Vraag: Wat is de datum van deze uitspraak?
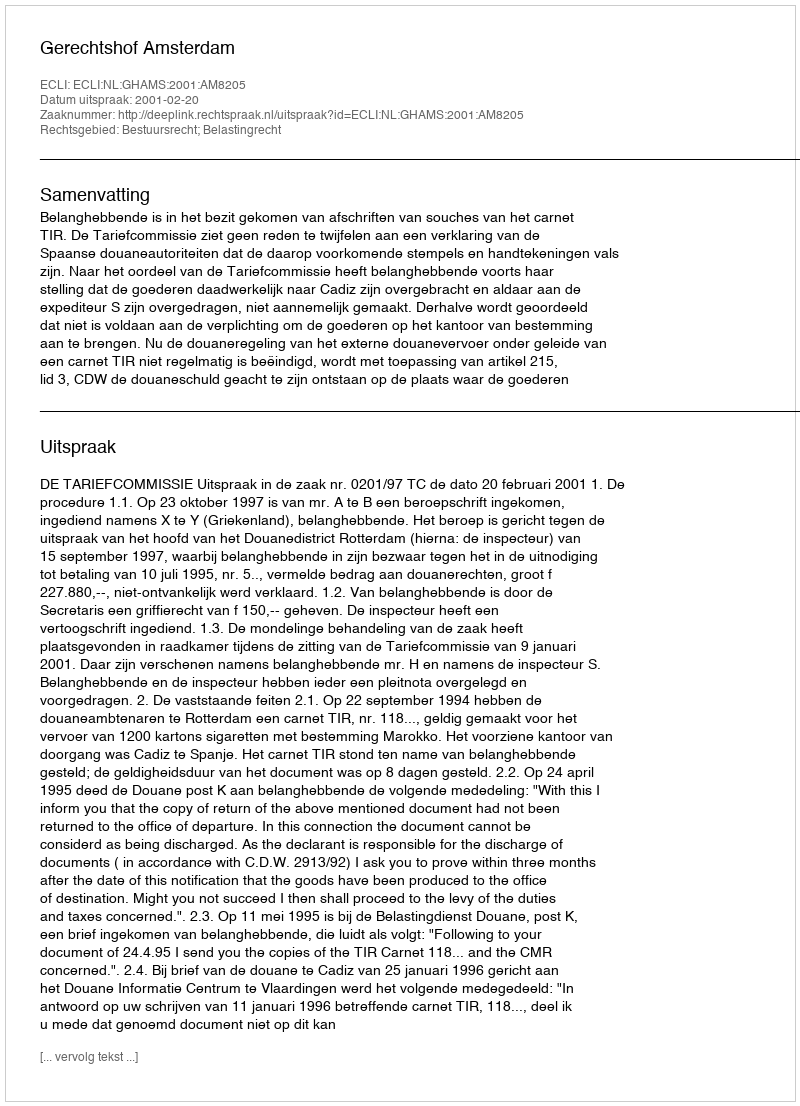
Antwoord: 2001-02-20